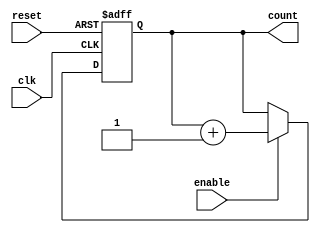
module cascaded_counter #(
    parameter N = 4  // Number of bits (4-bit counter by default)
)(
    input wire clk,       // Clock signal
    input wire reset,     // Asynchronous reset signal
    input wire enable,    // Enable signal
    output reg [N-1:0] count // Current count value
);

// Always block for counter operation
always @(posedge clk or posedge reset) begin
    if (reset) begin
        count <= 0; // Reset the count to 0
    end else if (enable) begin
        count <= count + 1; // Increment the count
    end
end

endmodule